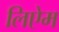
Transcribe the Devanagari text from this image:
लिऐम